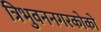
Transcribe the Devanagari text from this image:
त्रिभुवननगरकोको